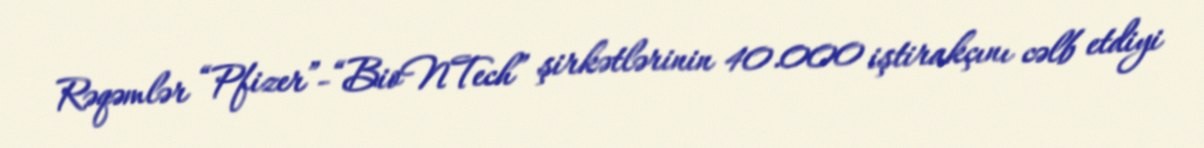
Rəqəmlər “Pfizer”-“BioNTech” şirkətlərinin 40.000 iştirakçını cəlb etdiyi